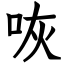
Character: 咴